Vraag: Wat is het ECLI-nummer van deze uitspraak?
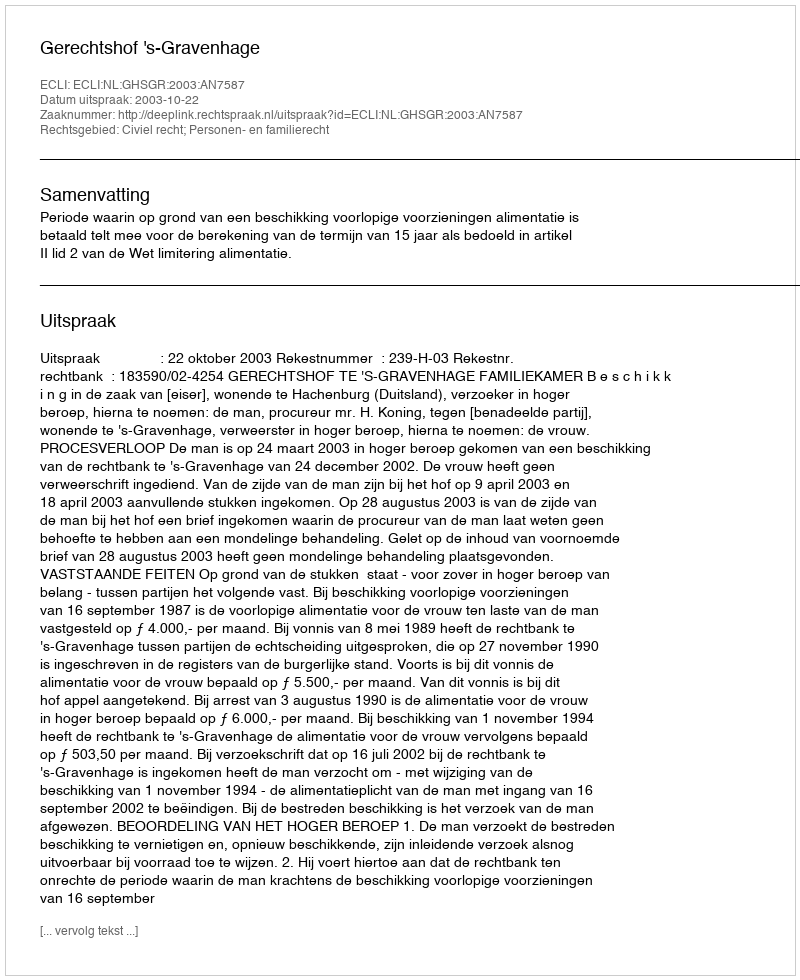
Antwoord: ECLI:NL:GHSGR:2003:AN7587